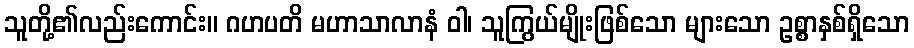
သူတို့၏လည်းကောင်း။ ဂဟပတိ မဟာသာလာနံ ဝါ၊ သူကြွယ်မျိုးဖြစ်သော များသော ဥစ္စာနှစ်ရှိသော